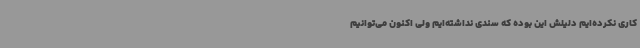
کاری نکرده‌ایم دلیلش این بوده که سندی نداشته‌ایم ولی اکنون می‌توانیم